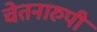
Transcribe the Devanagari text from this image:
चेतनारुपी